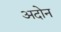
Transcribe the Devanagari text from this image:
अदोन